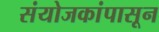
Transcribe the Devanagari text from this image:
संयोजकांपासून